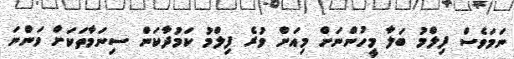
ނަމަވެސް ފިލްމު ބަލާ މީހުންނަށް މިއަށް ވުރެ ފިލްމު ކަމުދާކަން ސިނަމާތަކަށް ވަންނަ